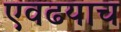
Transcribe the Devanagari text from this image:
एवढयाच